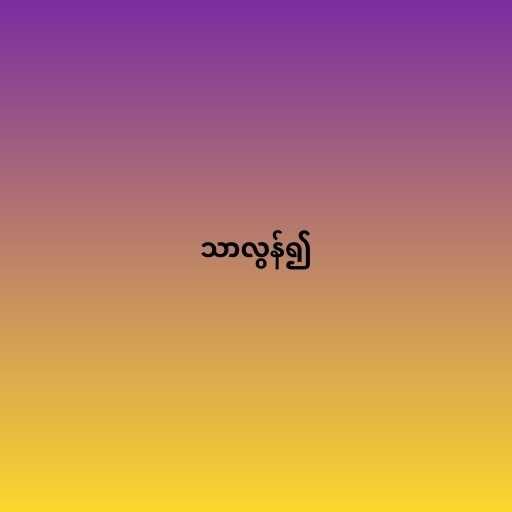
သာလွန်၍